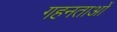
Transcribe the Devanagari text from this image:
गहनताओं